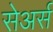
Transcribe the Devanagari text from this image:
सेअर्स